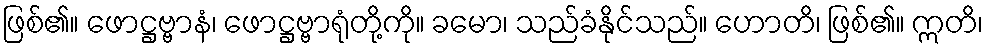
ဖြစ်၏။ ဖောဋ္ဌဗ္ဗာနံ၊ ဖောဋ္ဌဗ္ဗာရုံတို့ကို။ ခမော၊ သည်ခံနိုင်သည်။ ဟောတိ၊ ဖြစ်၏။ ဣတိ၊